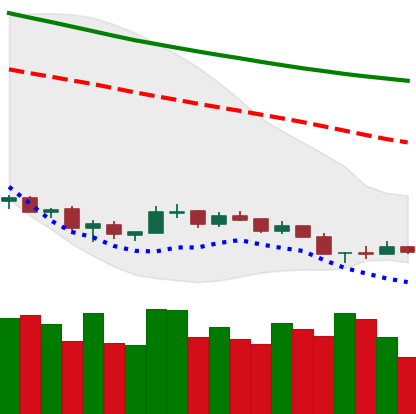
Ticker: NEO-USD
Chart end date: 2018-12-10
Forward return: -7.7%
Label: down_7plus